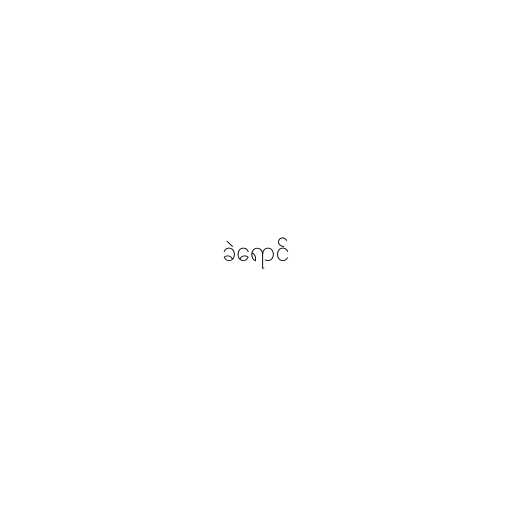
ခဲရောင်